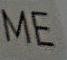
Me